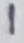
Text: 1